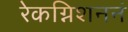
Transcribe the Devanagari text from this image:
रेकग्निशननं